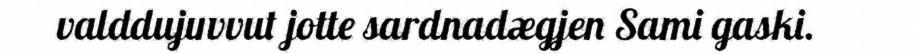
valddujuvvut jotte sardnadægjen Sami gaski.